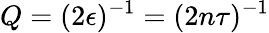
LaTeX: Q=(2\epsilon)^{-1}=(2n\tau)^{-1}